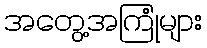
အတွေ့အကြုံများ